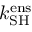
k _ { \mathrm { S H } } ^ { \mathrm { e n s } }